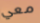
معي